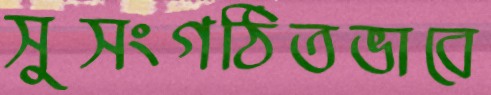
সুসংগঠিতভাবে